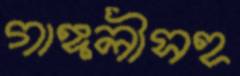
গাঙ্গলীসহ